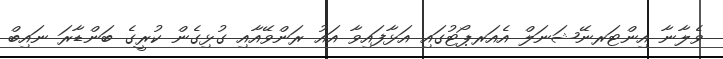
ވެލާނާ އިންޓަރނޭޝަނަލް އެއަރޕޯޓުގައި އަޅާފައިވާ އައު ރަންވޭއާއި ގުޅިގެން ކުރީގެ ބަންޑާރަ ނައިބް